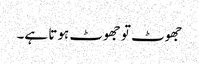
جھوٹ تو جھوٹ ہوتا ہے۔